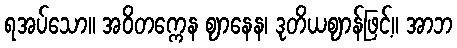
ရအပ်သော။ အဝိတက္ကေန ဈာနေန၊ ဒုတိယဈာန်ဖြင့်။ အာဘ